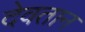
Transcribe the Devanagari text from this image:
देवतान